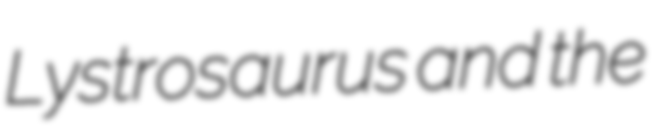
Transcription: Lystrosaurus and the